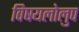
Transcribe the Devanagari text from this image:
विषयलोलुप